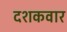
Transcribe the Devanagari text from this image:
दशकवार